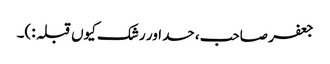
جعفر صاحب، حسد اور رشک کیوں قبلہ :)۔